system: You are a helpful assistant.
user:
Analyze the provided spectrum to determine if it is a **White Dwarf (WD)**.

A White Dwarf spectrum is defined by its **extreme purity** (due to gravitational settling) and/or **extreme pressure broadening** (due to high surface gravity). You must check for one of the following mutually exclusive signatures:

- **Key Visual Indicators (Check for ONE of these types):**

    - **1. DA-Type Signature (Most Common):**
        - **(Primary Feature):** Extreme pressure broadening (Stark broadening) of the **Hydrogen (H) Balmer lines**.
        - **(Key Lines):** $H\beta$ (approx. $4861$ Å) and $H\gamma$ (approx. $4340$ Å). $H\alpha$ (approx. $6563$ Å) will also be present if the wavelength range covers it.
        - **(Line Profile):** This is the **defining feature**. The lines are **NOT** sharp. They appear as massive, **extremely broad and deep "troughs" or "dips"** in the spectrum, often hundreds of Ångströms wide. The continuum will appear to "scoop" down at these wavelengths.
        - **(Distinction):** Normal A-type or B-type stars have *narrow* and *sharp* Hydrogen lines. A DA White Dwarf's lines are unmistakably "smeared" or "blurry" from pressure.

    - **2. DB-Type Signature:**
        - **(Primary Feature):** Broad absorption lines from **Neutral Helium (He I)**. The spectrum must lack any visible Hydrogen lines.
        - **(Key Lines):** Look for broad absorption near $4471$ Å, $4921$ Å, and $5876$ Å.
        - **(Line Profile):** These lines are also significantly pressure-broadened, appearing much wider than they would in a normal B-type main-sequence star.

    - **3. DC-Type Signature:**
        - **(Primary Feature):** A **featureless continuous spectrum**.
        - **(Line Profile):** The spectrum is a smooth curve with **no significant absorption or emission lines**.
        - **(Key Confirmation):** The continuum is almost always **blue or white**, indicating a hot object. This signature implies the atmosphere is so pure (or so cool) that no spectral lines are visible in the optical range. Its WD identity is confirmed by its extremely low intrinsic brightness (high absolute magnitude).

    - **4. DZ-Type Signature (Metal-Polluted):**
        - **(Primary Feature):** **Isolated, narrow metal absorption lines** on an otherwise featureless (DC-like) continuum.
        - **(Key Lines):** The **Calcium (Ca II) H & K doublet** (approx. **$3934$ Å** and **$3968$ Å**) is the most common and defining feature.
        - **(Line Profile):** These lines are "out of place." They are *not* part of a "forest" of thousands of lines. This signature is evidence of recent *accretion* (pollution) from rocky debris.
        - **(Distinction):** Normal G/K/M stars have a *dense forest* of thousands of metal lines. A DZ has a *clean* continuum with *only a few* strong metal lines.

    - **5. DQ-Type Signature (Carbon-Polluted):**
        - **(Primary Feature):** Absorption bands from **Carbon (C₂ "Swan Bands" or atomic C I)**.
        - **(Key Lines - C₂):** Look for bandheads with a "saw-tooth" shape near $5635$ Å, **$5165$ Å** (strongest), and $4737$ Å.
        - **(Key Confirmation):** The underlying **continuum must be blue or white** (hot).
        - **(Distinction):** This is the critical difference from a **Carbon Star**, which has the *exact same* C₂ bands but on an extremely **red, cool** continuum.

- **(Overall Spectrum):**
    - The continuum (overall shape) is typically **blue-sloping** (brighter in the blue than the red), as most white dwarfs are very hot.
    - The spectrum will look "pure" or "simple," dominated by only *one* of the five signatures listed above.

Think first, call **spectral_visualization_tool** if needed to examine features in detail, then provide your final answer. Your response must adhere to the following strict rules:
1.  **Overall Structure:** Your response must follow the format `<think>...</think> <tool_call>...</tool_call> (if a tool is used) <answer>...</answer>`.
2.  **Tool Usage Constraint:** You may only make **one** tool call per turn.
3.  **Final Answer Format:** In the `<answer>` tag, your conclusion must be inside a `\boxed{}` command (e.g., `\boxed{YES}` or `\boxed{NO}`), followed by your justification.

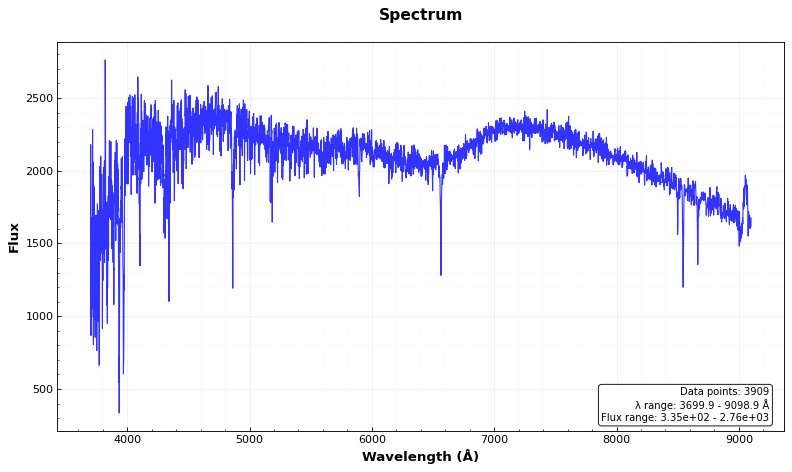
Answer: NO